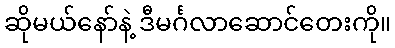
ဆိုမယ်နော်နဲ့ ဒီမင်္ဂလာဆောင်တေးကို။